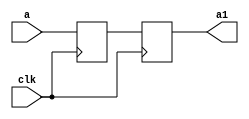
`timescale 1ns / 1ps
//////////////////////////////////////////////////////////////////////////////////
// Company: 
// Engineer: 
// 
// Design Name: 
// Module Name:    buf88 
// Project Name: 
// Target Devices: 
// Tool versions: 
// Description: 
//
// Dependencies: 
//
// Revision: 
// Revision 0.01 - File Created
// Additional Comments: 
//
//////////////////////////////////////////////////////////////////////////////////
module buf88(
    input [31:0] a,
    input clk,
    output reg [31:0] a1
    );
reg [31:0] a2;
always @(negedge clk) begin
a2<=a;
a1<=a2;
end
endmodule